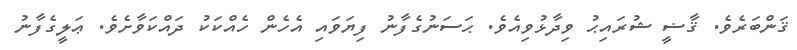
ޤަންބަރެވެ. ޤާޟީ ޝުރައިޙު ވިދާޅުވިއެވެ. ޙަސަނުގެފާނު ފިޔަވައި އެހެން ހެއްކަކު ދައްކަވާށެވެ. ޢަލީގެފާނު